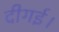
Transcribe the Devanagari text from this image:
दीगई।